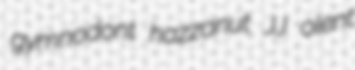
gymnodont hazzanut JJ olent